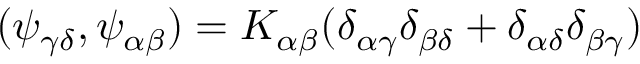
( \psi _ { \gamma \delta } , \psi _ { \alpha \beta } ) = K _ { \alpha \beta } ( \delta _ { \alpha \gamma } \delta _ { \beta \delta } + \delta _ { \alpha \delta } \delta _ { \beta \gamma } )